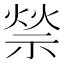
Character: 𥚡